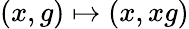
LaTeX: (x,g)\mapsto(x,xg)